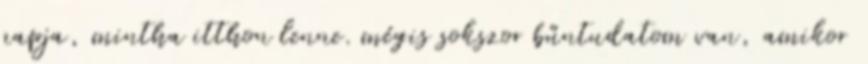
napja, mintha itthon lenne. mégis sokszor bűntudatom van, amikor